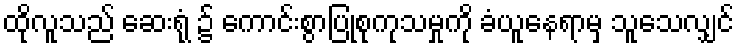
ထိုလူသည် ဆေးရုံ ၌ ကောင်းစွာပြုစုကုသမှုကို ခံယူနေရာမှ သူသေလျှင်